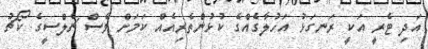
އަދި ޓެރީ އަކީ ރަނގަޅު އަހުލާގެއްގެ ކުޅުންތެރިއެއް ކަމަށް ވެސް ޗެލްސީގެ ކޯޗު